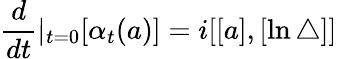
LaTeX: \frac d{dt}|_{t=0}[\alpha_{t}(a)]=i[[a],[\ln\bigtriangleup]]